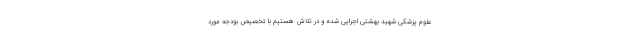
علوم پزشکی شهید بهشتی اجرایی شده و در تلاش هستیم با تخصیص بودجه مورد